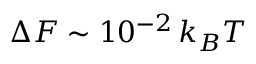
\Delta { \cal F } \sim 1 0 ^ { - 2 } \, k _ { B } T